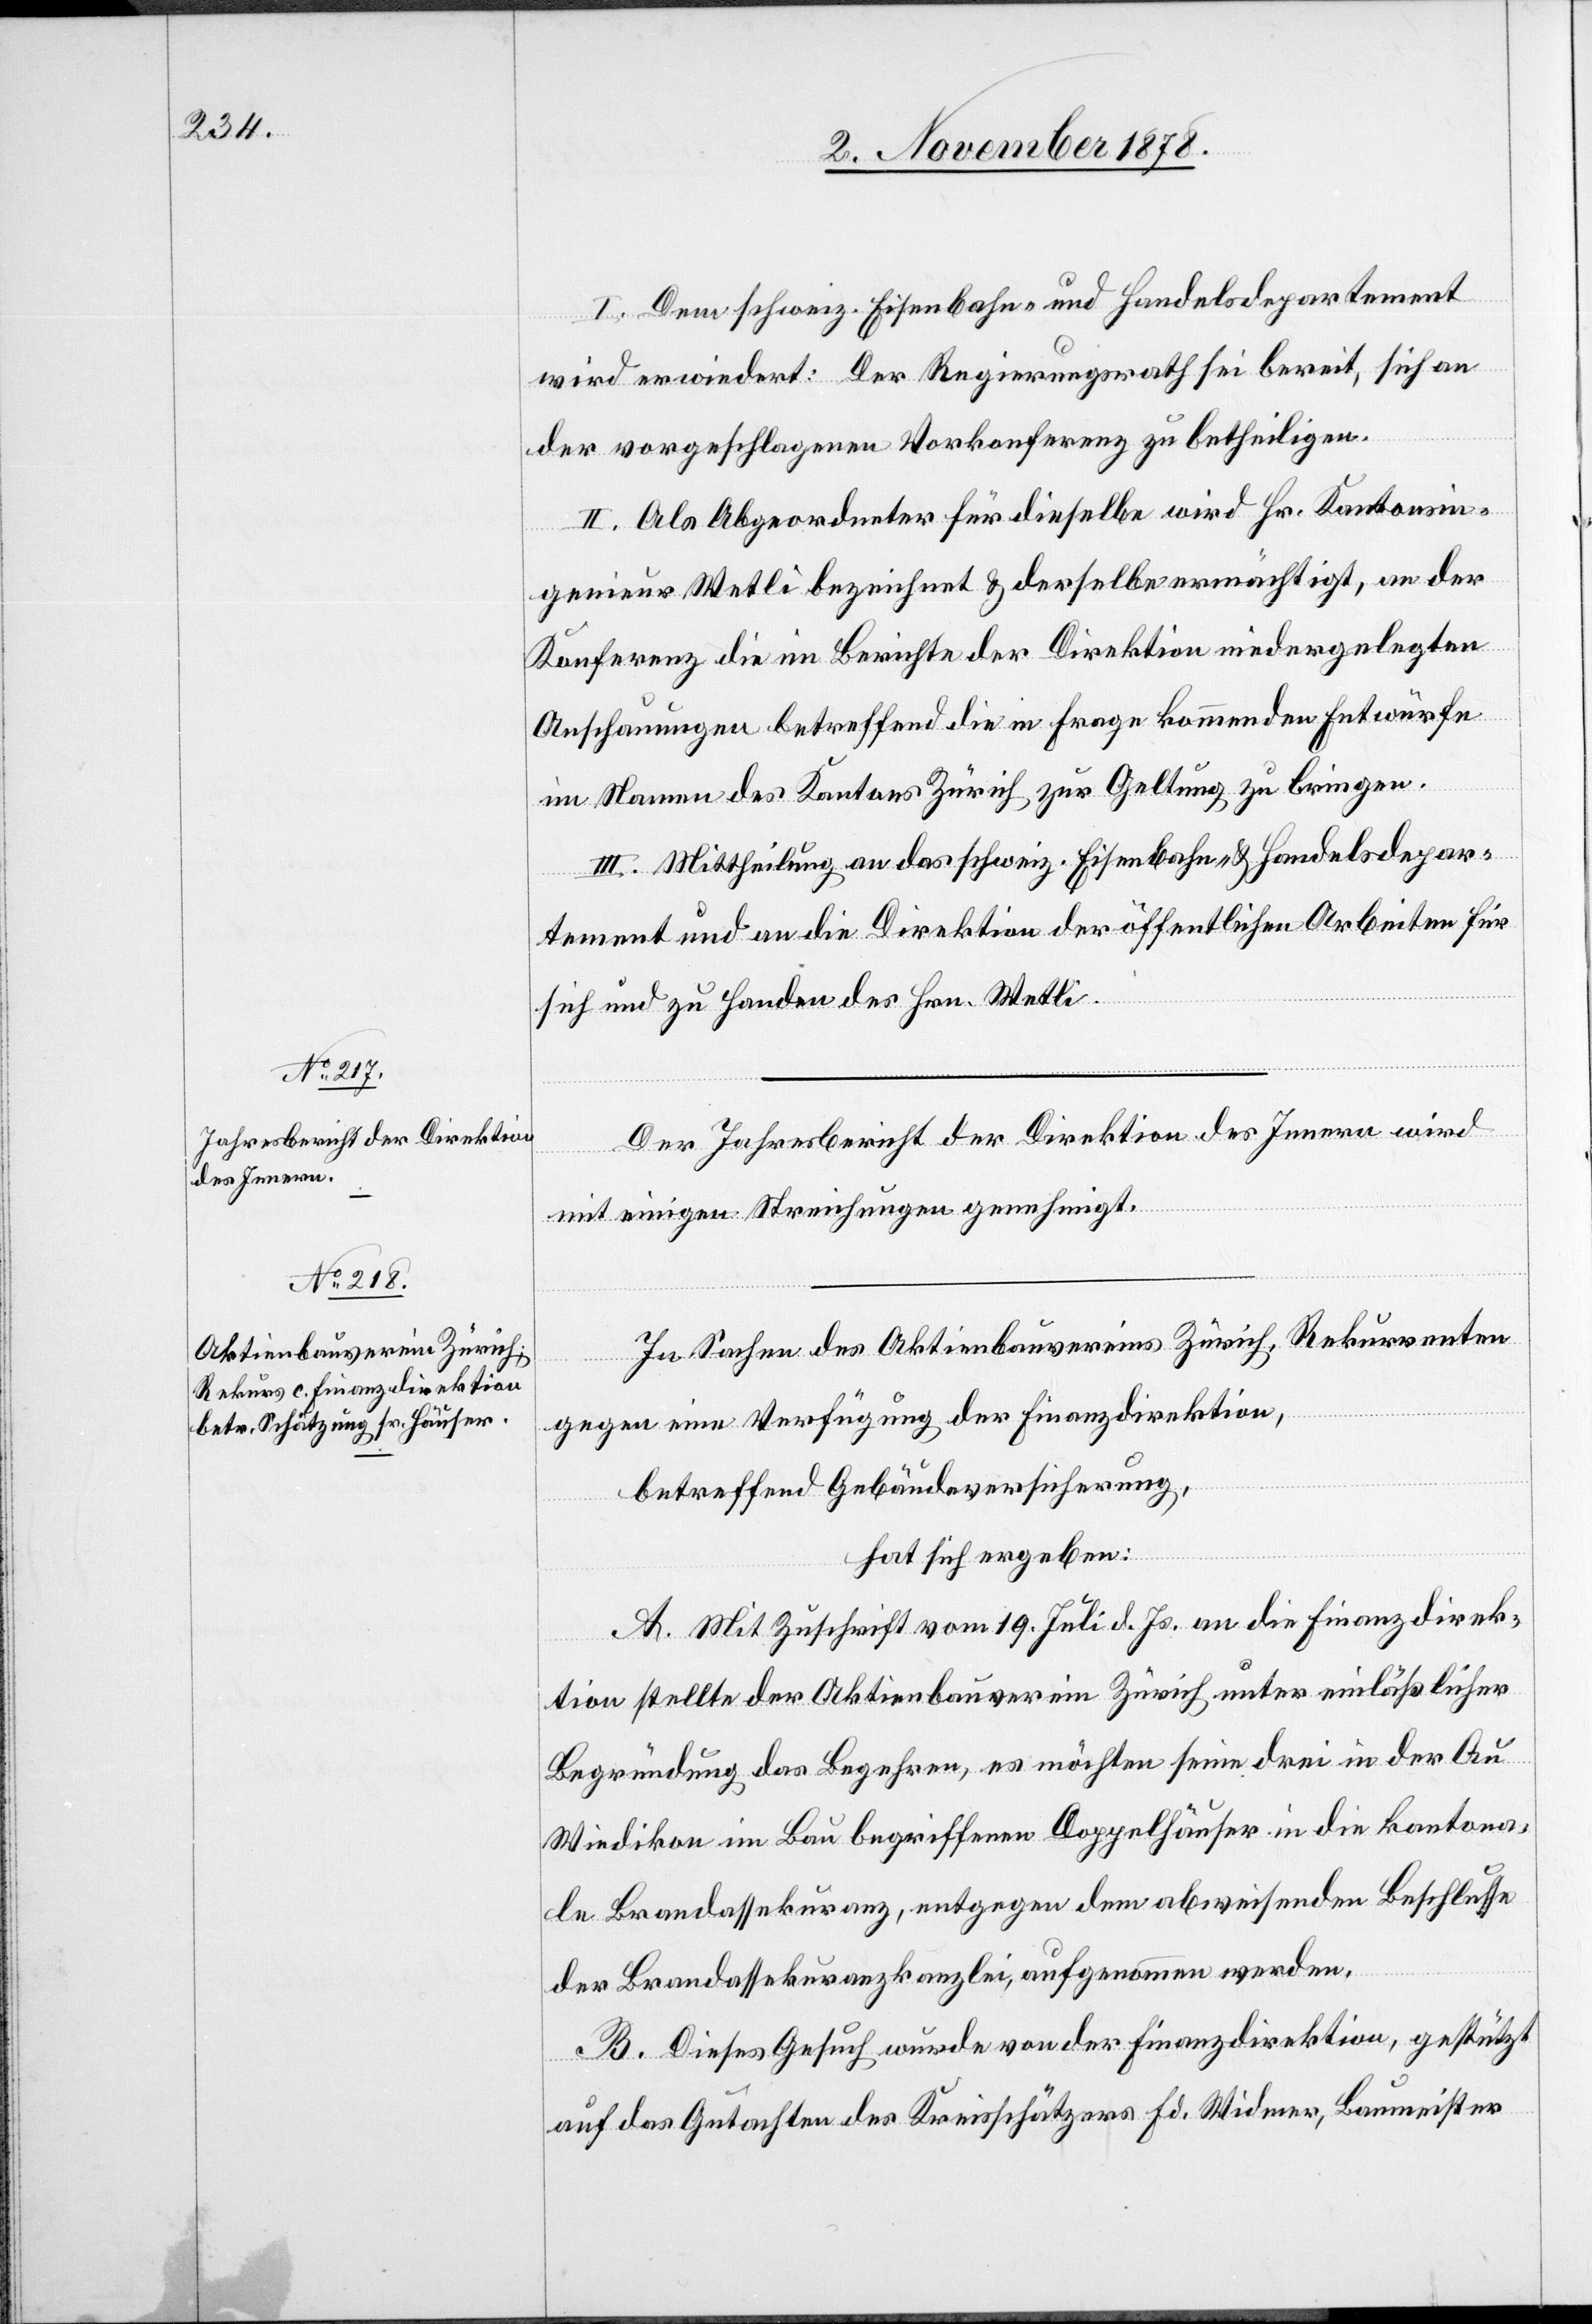
I. Dem schweiz. Eisenbahn- und Handelsdepartement
wird erwiedert: Der Regierungsrath sei bereit, sich an
der vorgeschlagenen Vorkonferenz zu betheiligen.
II. Als Abgeordneter für dieselbe wird Hr. Kantonsin¬
genieur Wetli bezeichnet & derselbe ermächtigt, an der
Konferenz die im Berichte der Direktion niedergelegten
Anschauungen betreffend die in Frage kommenden Entwürfe
im Namen des Kantons Zürich zur Geltung zu bringen.
III. Mittheilung an das schweiz. Eisenbahn- & Handelsdepar¬
tement und an die Direktion der öffentlichen Arbeiten für
sich und zu Handen des Hrn. Wetli.
Der Jahresbericht der Direktion des Innern wird
mit einigen Streichungen genehmigt.
In Sachen des Aktienbauvereins Zürich, Rekurrenten
gegen eine Verfügung der Finanzdirektion,
betreffend Gebäudeversicherung,
hat sich ergeben:
A. Mit Zuschrift vom 19. Juli d. Js. an die Finanzdirek¬
tion stellte der Aktienbauverein Zürich unter einlässlicher
Begründung das Begehren, es möchten seine drei in der Au
Wiedikon im Bau begriffenen Doppelhäuser in die kantona¬
le Brandassekuranz, entgegen dem abweisenden Beschlusse
der Brandassekuranzkanzlei, aufgenommen werden.
B. Dieses Gesuch wurde von der Finanzdirektion, gestützt
auf das Gutachten des Kreisschätzers Fd. Widmer, Baumeister